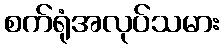
စက်ရုံအလုပ်သမား